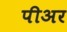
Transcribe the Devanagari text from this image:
पीअर